Annual report on the lock hospitals of the Madras Presidency
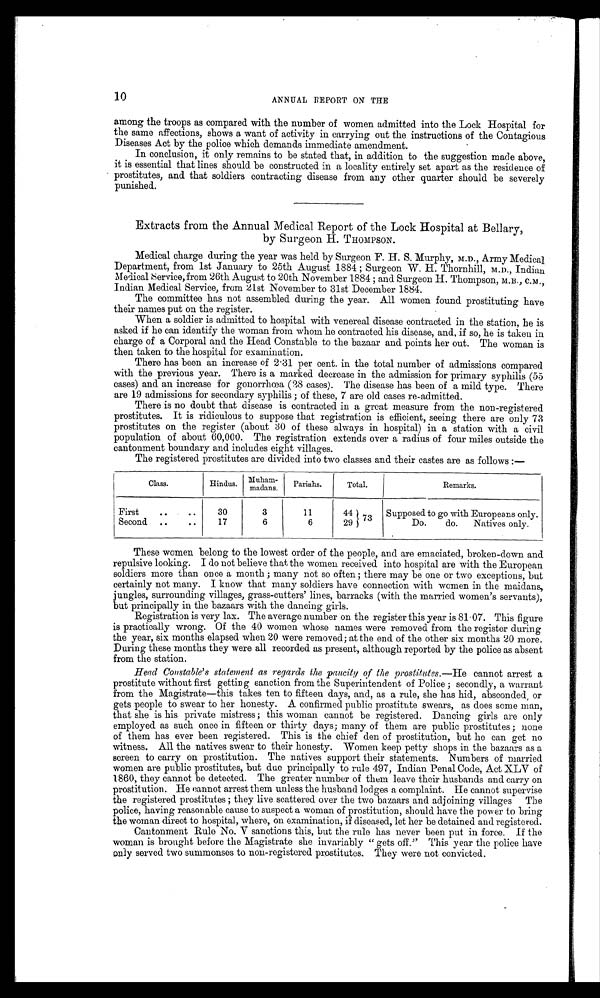
10
ANNUAL REPORT ON THE
among the troops as compared with the number of women admitted into the Lock Hospital for
the same affections, shows a want of activity in carrying out the instructions of the Contagious
Diseases Act by the police which demands immediate amendment.
In conclusion, it only remains to be stated that, in addition to the suggestion made above,
it is essential that lines should be constructed in a locality entirely set apart as the residence of
prostitutes, and that soldiers contracting disease from any other quarter should be severely
punished.
Extracts from the Annual Medical Report of the Lock Hospital at Bellary,
by Surgeon H. THOMPSON.
Medical charge during the year was held by Surgeon F. H. S. Murphy, M.D., Army Medical
Department, from 1st January to 25th August 1884 ; Surgeon W. H. Thornhill, M.D., Indian
Medical Service, from 26th August to 20th November 1884 ; and Surgeon H. Thompson, M.B., C.M.,
Indian Medical Service, from 21st November to 31st December 1884.
The committee has not assembled during the year. All women found prostituting have
their names put on the register.
When a soldier is admitted to hospital with venereal disease contracted in the station, he is
asked if he can identify the woman from whom he contracted his disease, and, if so, he is taken in
charge of a Corporal and the Head Constable to the bazaar and points her out. The woman is
then taken to the hospital for examination.
There has been an increase of 2·31 per cent. in the total number of admissions compared
with the previous year. There is a marked decrease in the admission for primary syphilis (55
cases) and an increase for gonorrhœa (28 cases). The disease has been of a mild type. There
are 19 admissions for secondary syphilis ; of these, 7 are old cases re-admitted.
There is no doubt that disease is contracted in a great measure from the non-registered
prostitutes. It is ridiculous to suppose that registration is efficient, seeing there are only 73
prostitutes on the register (about 30 of these always in hospital) in a station with a civil
population of about 60,000. The registration extends over a radius of four miles outside the
cantonment boundary and includes eight villages.
The registered prostitutes are divided into two classes and their castes are as follows :—
Class.
Hindus.
M u h a m m a d a n s . Pariahs.
Total.
Remarks.
First
..
..
30
3
11
44
Supposed to go with Europeans only.
Second ..
..
17
6
6
2973
Do. do. Natives only.
These women belong to the lowest order of the people, and are emaciated, broken-down and
repulsive looking. I do not believe that the women received into hospital are with the European
soldiers more than once a month ; many not so often ; there may be one or two exceptions, but
certainly not many. I know that many soldiers have connection with women in the maidans,
jungles, surrounding villages, grass-cutters' lines, barracks (with the married women's servants),
but principally in the bazaars with the dancing girls.
Registration is very lax. The average number on the register this year is 81·07. This figure
is practically wrong. Of the 40 women whose names were removed from the register during
the year, six months elapsed when 20 were removed; at the end of the other six months 20 more.
During these months they were all recorded as present, although reported by the police as absent
from the station.
Head Constable's statement as regards the paucity of the prostitutes.—He cannot arrest a
prostitute without first getting sanction from the Superintendent of Police ; secondly, a warrant
from the Magistrate—this takes ten to fifteen days, and, as a rule, she has hid, absconded , or
gets people to swear to her honesty. A confirmed public prostitute swears, as does some man,
that she is his private mistress ; this woman cannot be registered. Dancing girls are only
employed as such once in fifteen or thirty days; many of them are public prostitutes ; none
of them has ever been registered. This is the chief den of prostitution, but he can get no
witness. All the natives swear to their honesty. Women keep petty shops in the bazaars as a
screen to carry on prostitution. The natives support their statements. Numbers of married
women are public prostitutes, but due principally to rule 497, Indian Penal Code, Act XLV of
1860, they cannot be detected. The greater number of them leave their husbands and carry on
prostitution. He cannot arrest them unless the husband lodges a complaint. He cannot supervise
the registered prostitutes ; they live scattered over the two bazaars and adjoining villages The
police, having reasonable cause to suspect a woman of prostitution, should have the power to bring
the woman direct to hospital, where, on examination, if diseased, let her be detained and registered.
Cantonment Rule No. V sanotions this, but the rule has never been put in force. If the
woman is brought before the Magistrate she invariably " gets off." This year the police have
o n l y s e r v e d t w o s u m m o n s e s t o n o n - r e g i s t e r e d p r o s t i t u t e s . T h e y w e r e n o t c o n v i c t e d .